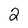
Character: 2